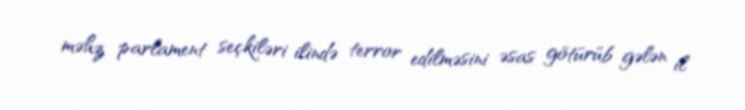
məhz parlament seçkiləri ilində terror edilməsini əsas götürüb gələn il